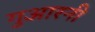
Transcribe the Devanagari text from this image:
गुआरनी